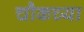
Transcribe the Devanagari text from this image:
चौकच्या